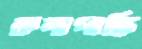
কলাগাছি